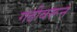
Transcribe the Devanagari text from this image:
गढीवरून